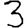
Digit: 3